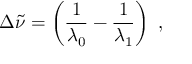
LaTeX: \Delta { \tilde { \nu } } = \left( { \frac { 1 } { \lambda _ { 0 } } } - { \frac { 1 } { \lambda _ { 1 } } } \right) \ ,